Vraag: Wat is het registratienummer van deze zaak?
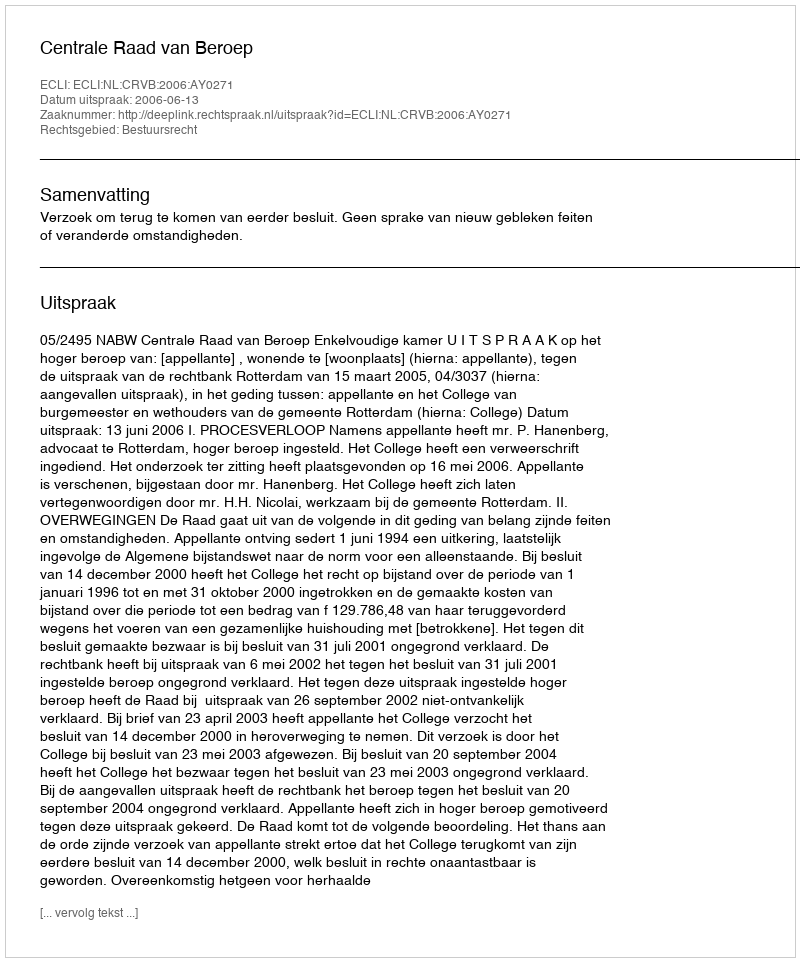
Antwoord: http://deeplink.rechtspraak.nl/uitspraak?id=ECLI:NL:CRVB:2006:AY0271